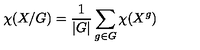
\chi ( X / G ) = \frac { 1 } { | G | } \sum _ { g \in G } \chi ( X ^ { g } )